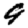
Digit: 9